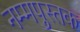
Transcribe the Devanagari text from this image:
नम्मपुस्तक